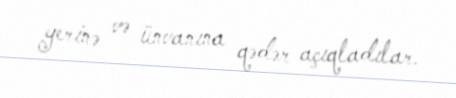
yerinə və ünvanına qədər açıqladılar.